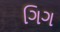
ગિગ